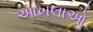
આખલાઓ